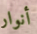
أنوار